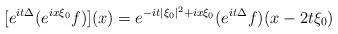
LaTeX: \begin{align*}[e^{it\Delta}(e^{ix\xi_0}f)](x) = e^{-it|\xi_0|^2+ix\xi_0}(e^{it\Delta}f)(x-2t\xi_0)\end{align*}